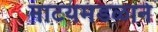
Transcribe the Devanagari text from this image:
नाटयमंडळाने